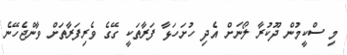
މި ސްކީމުން ދޫކުރާ ލޯނަށް އެދި ހުށަހަޅާ ފަރާތަކީ ގޭގެ ވެރިފަރާތަށް ވާންޖެހޭނެ